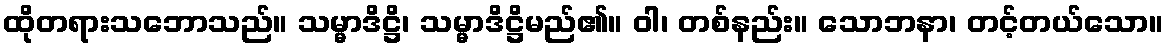
ထိုတရားသဘောသည်။ သမ္မာဒိဋ္ဌိ၊ သမ္မာဒိဋ္ဌိမည်၏။ ဝါ၊ တစ်နည်း။ သောဘနာ၊ တင့်တယ်သော။